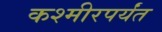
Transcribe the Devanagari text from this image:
कश्मीरपर्यंत